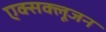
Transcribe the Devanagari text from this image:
एक्सक्लूजन